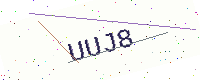
Text: UUJ8